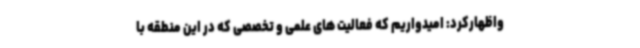
واظهارکرد: امیدواریم که فعالیت های علمی و تخصصی که در این منطقه با